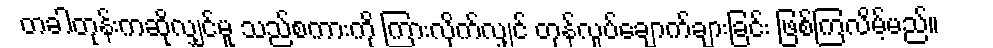
တခါတုန်းကဆိုလျှင်မူ သည်စကားကို ကြားလိုက်လျှင် တုန်လှုပ်ချောက်ချားခြင်း ဖြစ်ကြလိမ့်မည်။